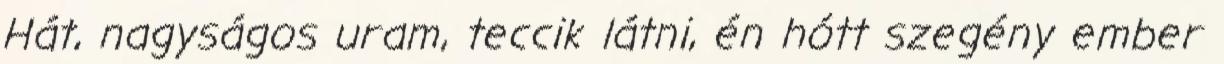
Hát, nagyságos uram, teccik látni, én hótt szegény ember